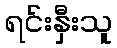
ရင်းနှီးသူ